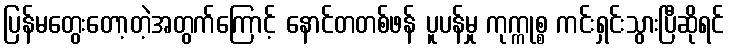
ပြန်မတွေးတော့တဲ့အတွက်ကြောင့် နောင်တတစ်ဖန် ပူပန်မှု ကုက္ကုစ္စ ကင်းရှင်းသွားပြီဆိုရင်